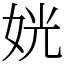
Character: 姯